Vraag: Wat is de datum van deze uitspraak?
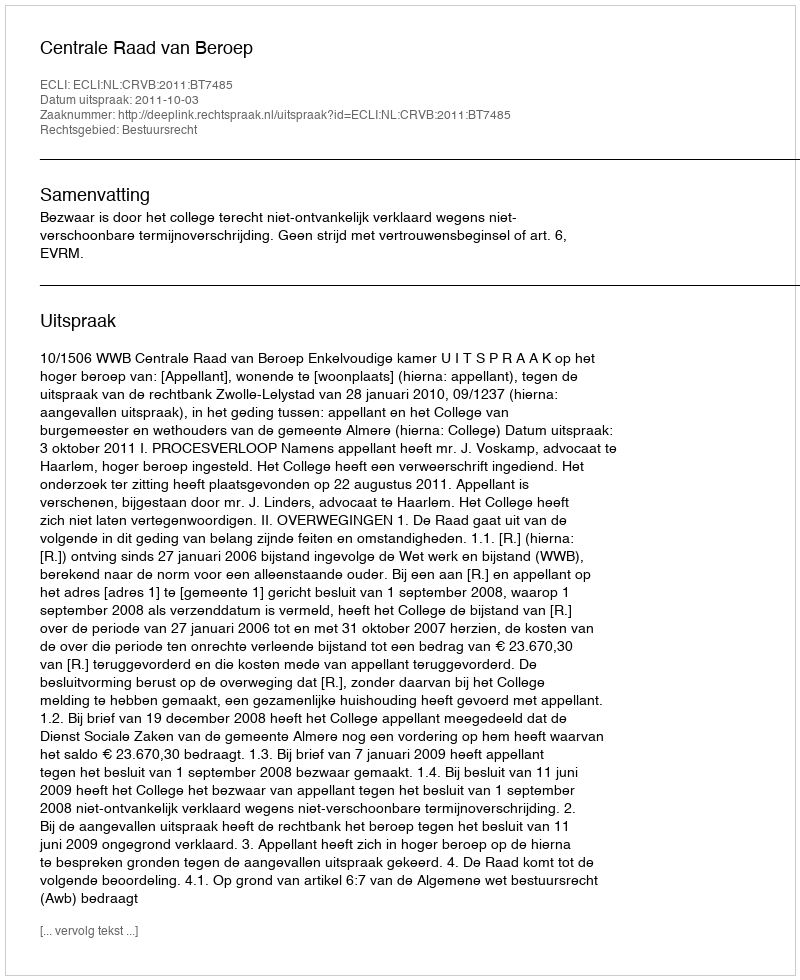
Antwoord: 2011-10-03